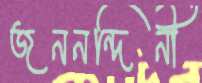
জননন্দিনী